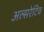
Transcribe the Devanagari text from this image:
अल्सरेटिव